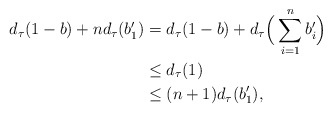
\begin{align*}d_\tau(1-b)+nd_\tau(b_1') &=d_\tau(1-b)+d_\tau\Big(\sum_{i=1}^n b_i'\Big)\\&\leq d_\tau(1)\\&\leq (n+1)d_\tau(b_1'),\end{align*}